画像に写った文字を読んでください
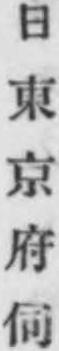
「日東京府伺」と書いてあります